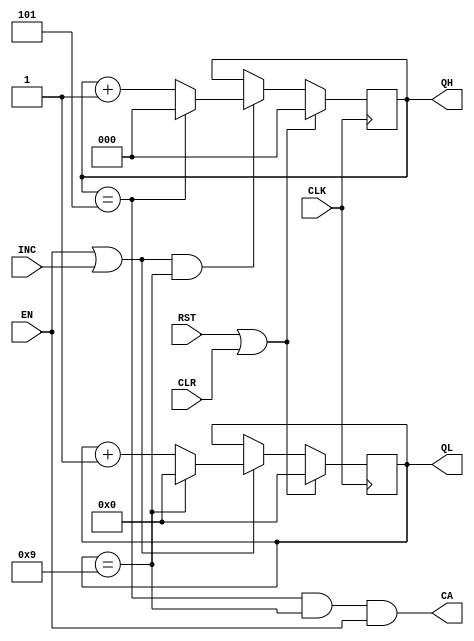
module CNT60(
        input CLK, RST,
        input CLR, EN, INC,
        output reg [2:0] QH,
        output reg [3:0] QL,
        output CA
    );

    /* 1 */
    always @( posedge CLK ) begin
        if( RST | CLR )
            QL <= 4'd0;
        else if( EN==1'b1 || INC==1'b1 ) begin
            if( QL==4'd9 )
                QL <= 4'd0;
            else
                QL <= QL + 1'b1;
        end
    end

    /* 10 */
    always @( posedge CLK ) begin
        if( RST | CLR )
            QH <= 3'd0;
        else if( (EN==1'b1 || INC==1'b1) && QL==4'd9 ) begin
            if( QH==3'd5 )
                QH <= 3'd0;
            else
                QH <= QH + 1'b1;
        end
    end

    /*  */
    assign CA = (QH==3'd5 && QL==4'd9 && EN==1'b1);

endmodule